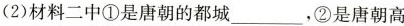
(2)材料二中①是唐朝的都城___，②是唐朝高